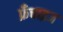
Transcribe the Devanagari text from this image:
फ्रँचाइज